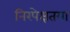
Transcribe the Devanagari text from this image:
निरपेक्षतया